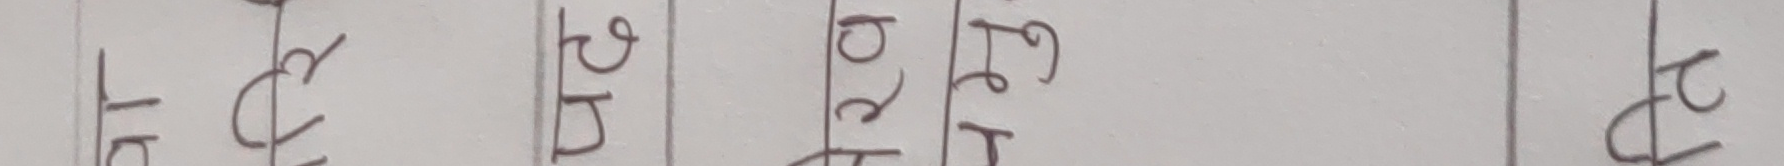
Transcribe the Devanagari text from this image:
आ. वि. र. भ. स.